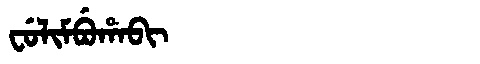
Manchu: ᠸᡠᠯᡳᠮᠪᡠᡥᠠᠪᡳ
Romanization: FULIMBUHABI